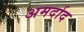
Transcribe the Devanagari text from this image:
अमर्दाद